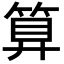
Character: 算